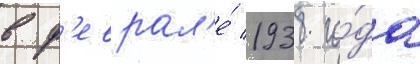
в ф'еврал'е́ 1938 го́да